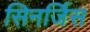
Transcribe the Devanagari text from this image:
सिनर्जिस